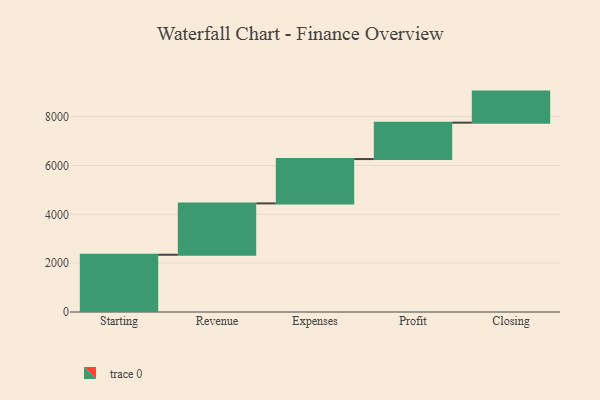
{"axis": {"x": "Step", "y": "Value"}, "legend": [""], "data": [{"x": "Starting", "y": 2345.0, "type": ""}, {"x": "Revenue", "y": 2105.0, "type": ""}, {"x": "Expenses", "y": 1816.0, "type": ""}, {"x": "Profit", "y": 1492.0, "type": ""}, {"x": "Closing", "y": 1272.0, "type": ""}]}